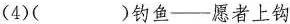
(4)( )钓鱼—愿者上钩